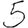
Digit: 5